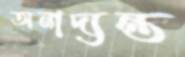
অনাদ্যন্ত